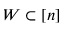
W \subset [ n ]